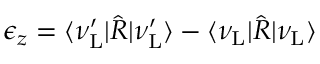
\epsilon _ { z } = \langle \nu _ { \mathrm { L } } ^ { \prime } | \hat { R } | \nu _ { \mathrm { L } } ^ { \prime } \rangle - \langle \nu _ { \mathrm { L } } | \hat { R } | \nu _ { \mathrm { L } } \rangle